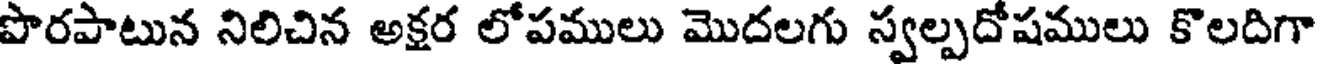
పొరపాటున నిలిచిన అక్షర లోపములు మొదలగు స్వల్పదోషములు కొలదిగా